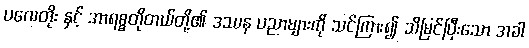
ပလေတိုး နှင့် အာရစ္စတိုတယ်တို့၏ ဒဿန ပညာများကို သင်ကြား၍ သိမြင်ပြီးသော အခါ